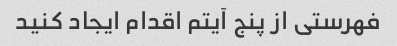
فهرستی از پنج آیتم اقدام ایجاد کنید